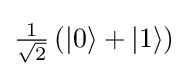
{\textstyle {\frac {1}{\sqrt {2}}}\left(\left|0\right\rangle +\left|1\right\rangle \right)}